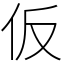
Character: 仮